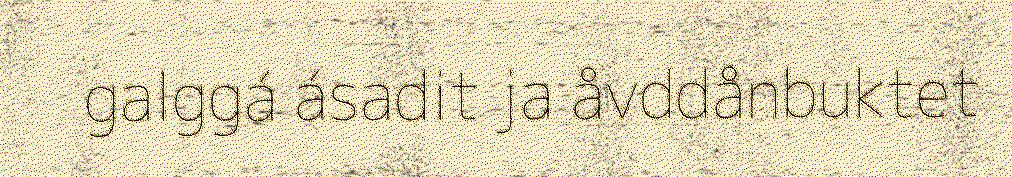
galggá ásadit ja åvddånbuktet